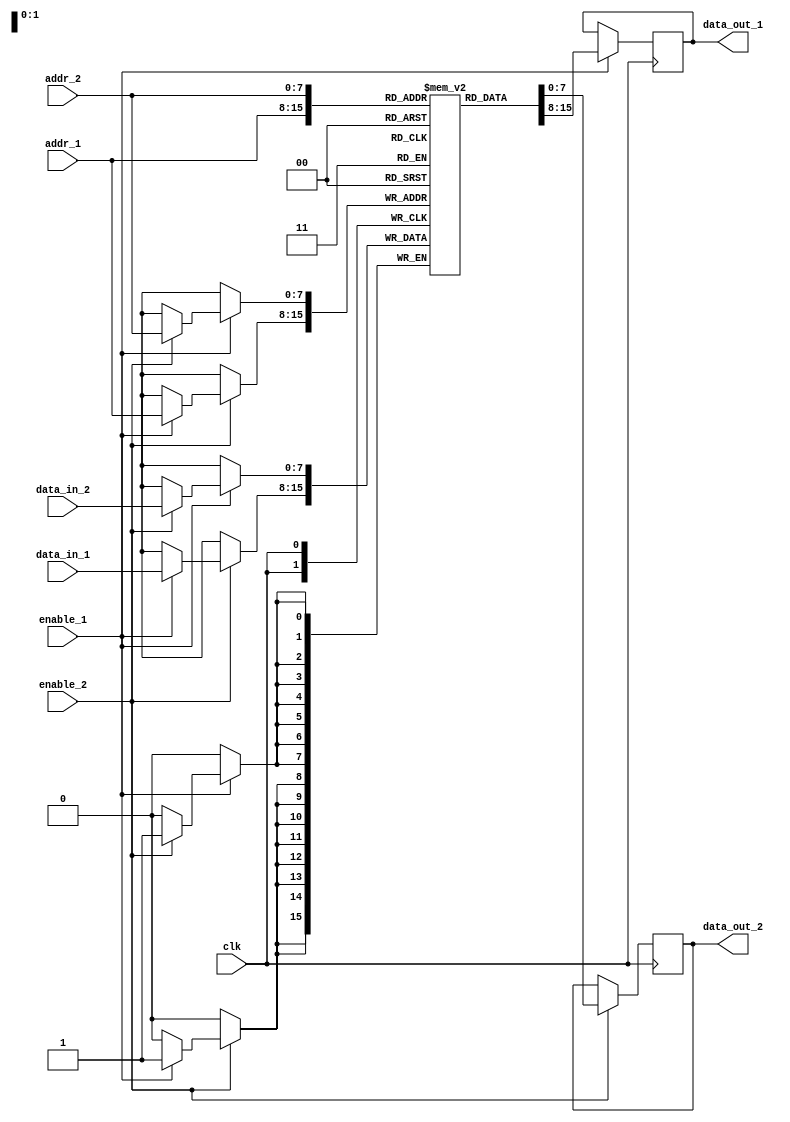
module dual_port_register_file(
  input wire clk,
  input wire [7:0] addr_1,
  input wire [7:0] data_in_1,
  input wire enable_1,
  output reg [7:0] data_out_1,
  input wire [7:0] addr_2,
  input wire [7:0] data_in_2,
  input wire enable_2,
  output reg [7:0] data_out_2
);

reg [7:0] memory [0:255]; // 256 8-bit memory locations

always @(posedge clk) begin
  if(enable_1) begin
    data_out_1 <= memory[addr_1];
    if(enable_2) begin
      memory[addr_2] <= data_in_2;
    end
  end
  
  if(enable_2) begin
    data_out_2 <= memory[addr_2];
    if(enable_1) begin
      memory[addr_1] <= data_in_1;
    end
  end
end

endmodule